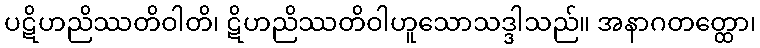
ပဋိဟညိဿတိဝါတိ၊ ဋိဟညိဿတိဝါဟူသောသဒ္ဒါသည်။ အနာဂတတ္ထော၊